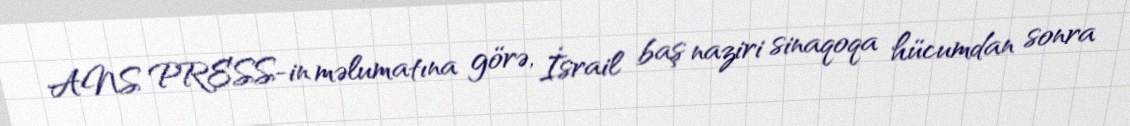
ANS PRESS-in məlumatına görə, İsrail baş naziri sinaqoqa hücumdan sonra